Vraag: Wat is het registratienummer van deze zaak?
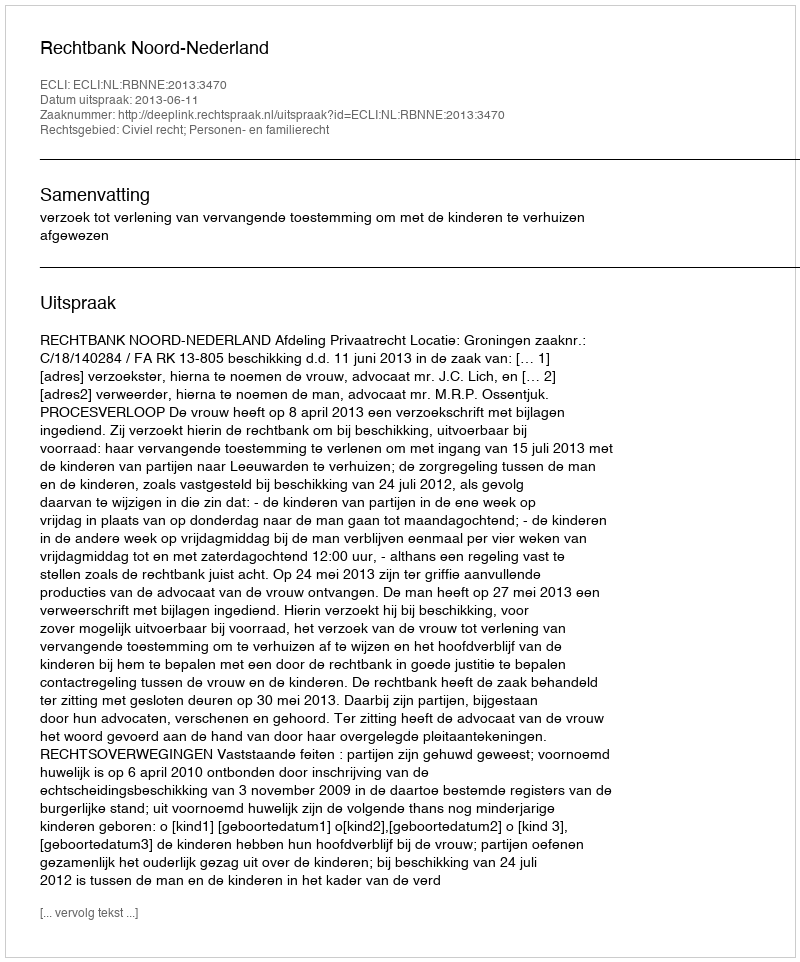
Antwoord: http://deeplink.rechtspraak.nl/uitspraak?id=ECLI:NL:RBNNE:2013:3470